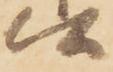
候